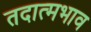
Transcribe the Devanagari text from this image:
तदात्मभाव